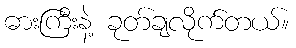
ဓားကြီးနဲ့ ခုတ်ချလိုက်တယ်။